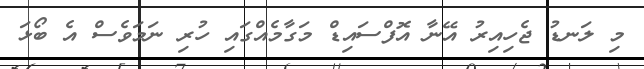
މި ލަނޑު ޖެހިއިރު އޭނާ އޮފްސައިޑް މަގާމެއްގައި ހުރި ނަމަވެސް އެ ބޯޅަ